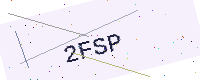
Text: 2FSP